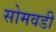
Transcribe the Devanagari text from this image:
सोमवडी